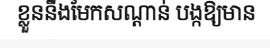
ខ្លួននឹងមែកសណ្តាន់ បង្កឱ្យមាន